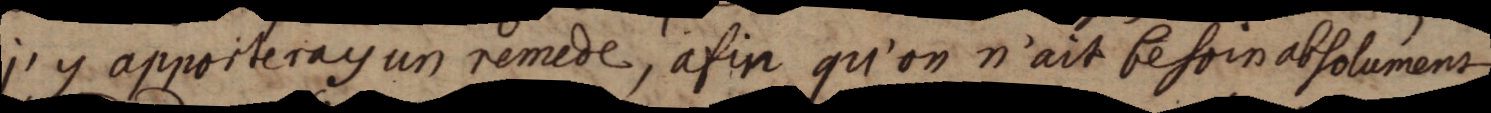
j’y apporteray un remede, afin qu’on n’ait besoin absolumens